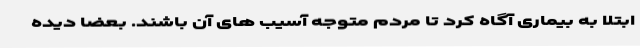
ابتلا به بیماری آگاه کرد تا مردم متوجه آسیب های آن باشند. بعضا دیده